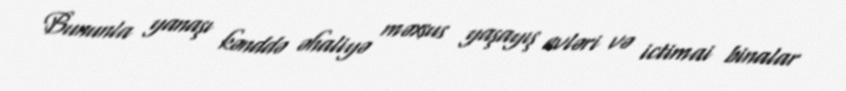
Bununla yanaşı kənddə əhaliyə məxsus yaşayış evləri və ictimai binalar